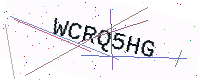
Text: WCRQ5HG